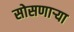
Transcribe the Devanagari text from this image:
सोसणाऱ्या